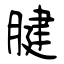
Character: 腱